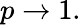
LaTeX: p\rightarrow 1.